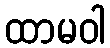
ထာမဝါ